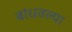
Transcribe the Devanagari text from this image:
बांधवल्या